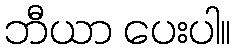
ဘီယာ ပေးပါ။